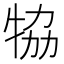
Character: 𤙒